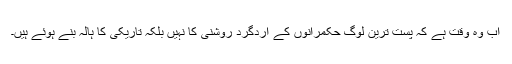
اب وہ وقت ہے کہ پست ترین لوگ حکمرانوں کے اردگرد روشنی کا نہیں بلکہ تاریکی کا ہالہ بنے ہوئے ہیں۔